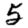
Digit: 5